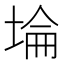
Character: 埨